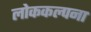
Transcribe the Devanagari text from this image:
लोककल्पना